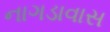
નાગડાવાસ